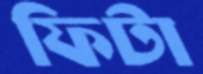
ফিটা